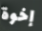
إخوة